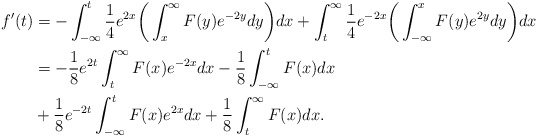
\begin{align*}f'(t)&=-\int_{-\infty}^t \frac{1}{4}e^{2x}\bigg(\int_x^{\infty} F(y)e^{-2y}dy\bigg)dx+\int_t^{\infty}\frac{1}{4}e^{-2x}\bigg(\int_{-\infty}^x F(y)e^{2y}dy\bigg)dx\\&=-\frac{1}{8}e^{2t}\int_t^{\infty} F(x)e^{-2x}dx -\frac{1}{8}\int_{-\infty}^t F(x)dx\\&+\frac{1}{8}e^{-2t}\int_{-\infty}^t F(x)e^{2x}dx+\frac{1}{8}\int_t^{\infty} F(x)dx.\end{align*}